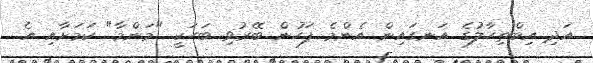
އަދި އިބްތިހާލުގެ އަނގައިން އެންމެ ފަހުން ބޭރުވި ބަހަކީ "މަންމާ" ކަމަށާއި އެ